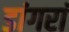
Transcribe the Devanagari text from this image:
डांगरां